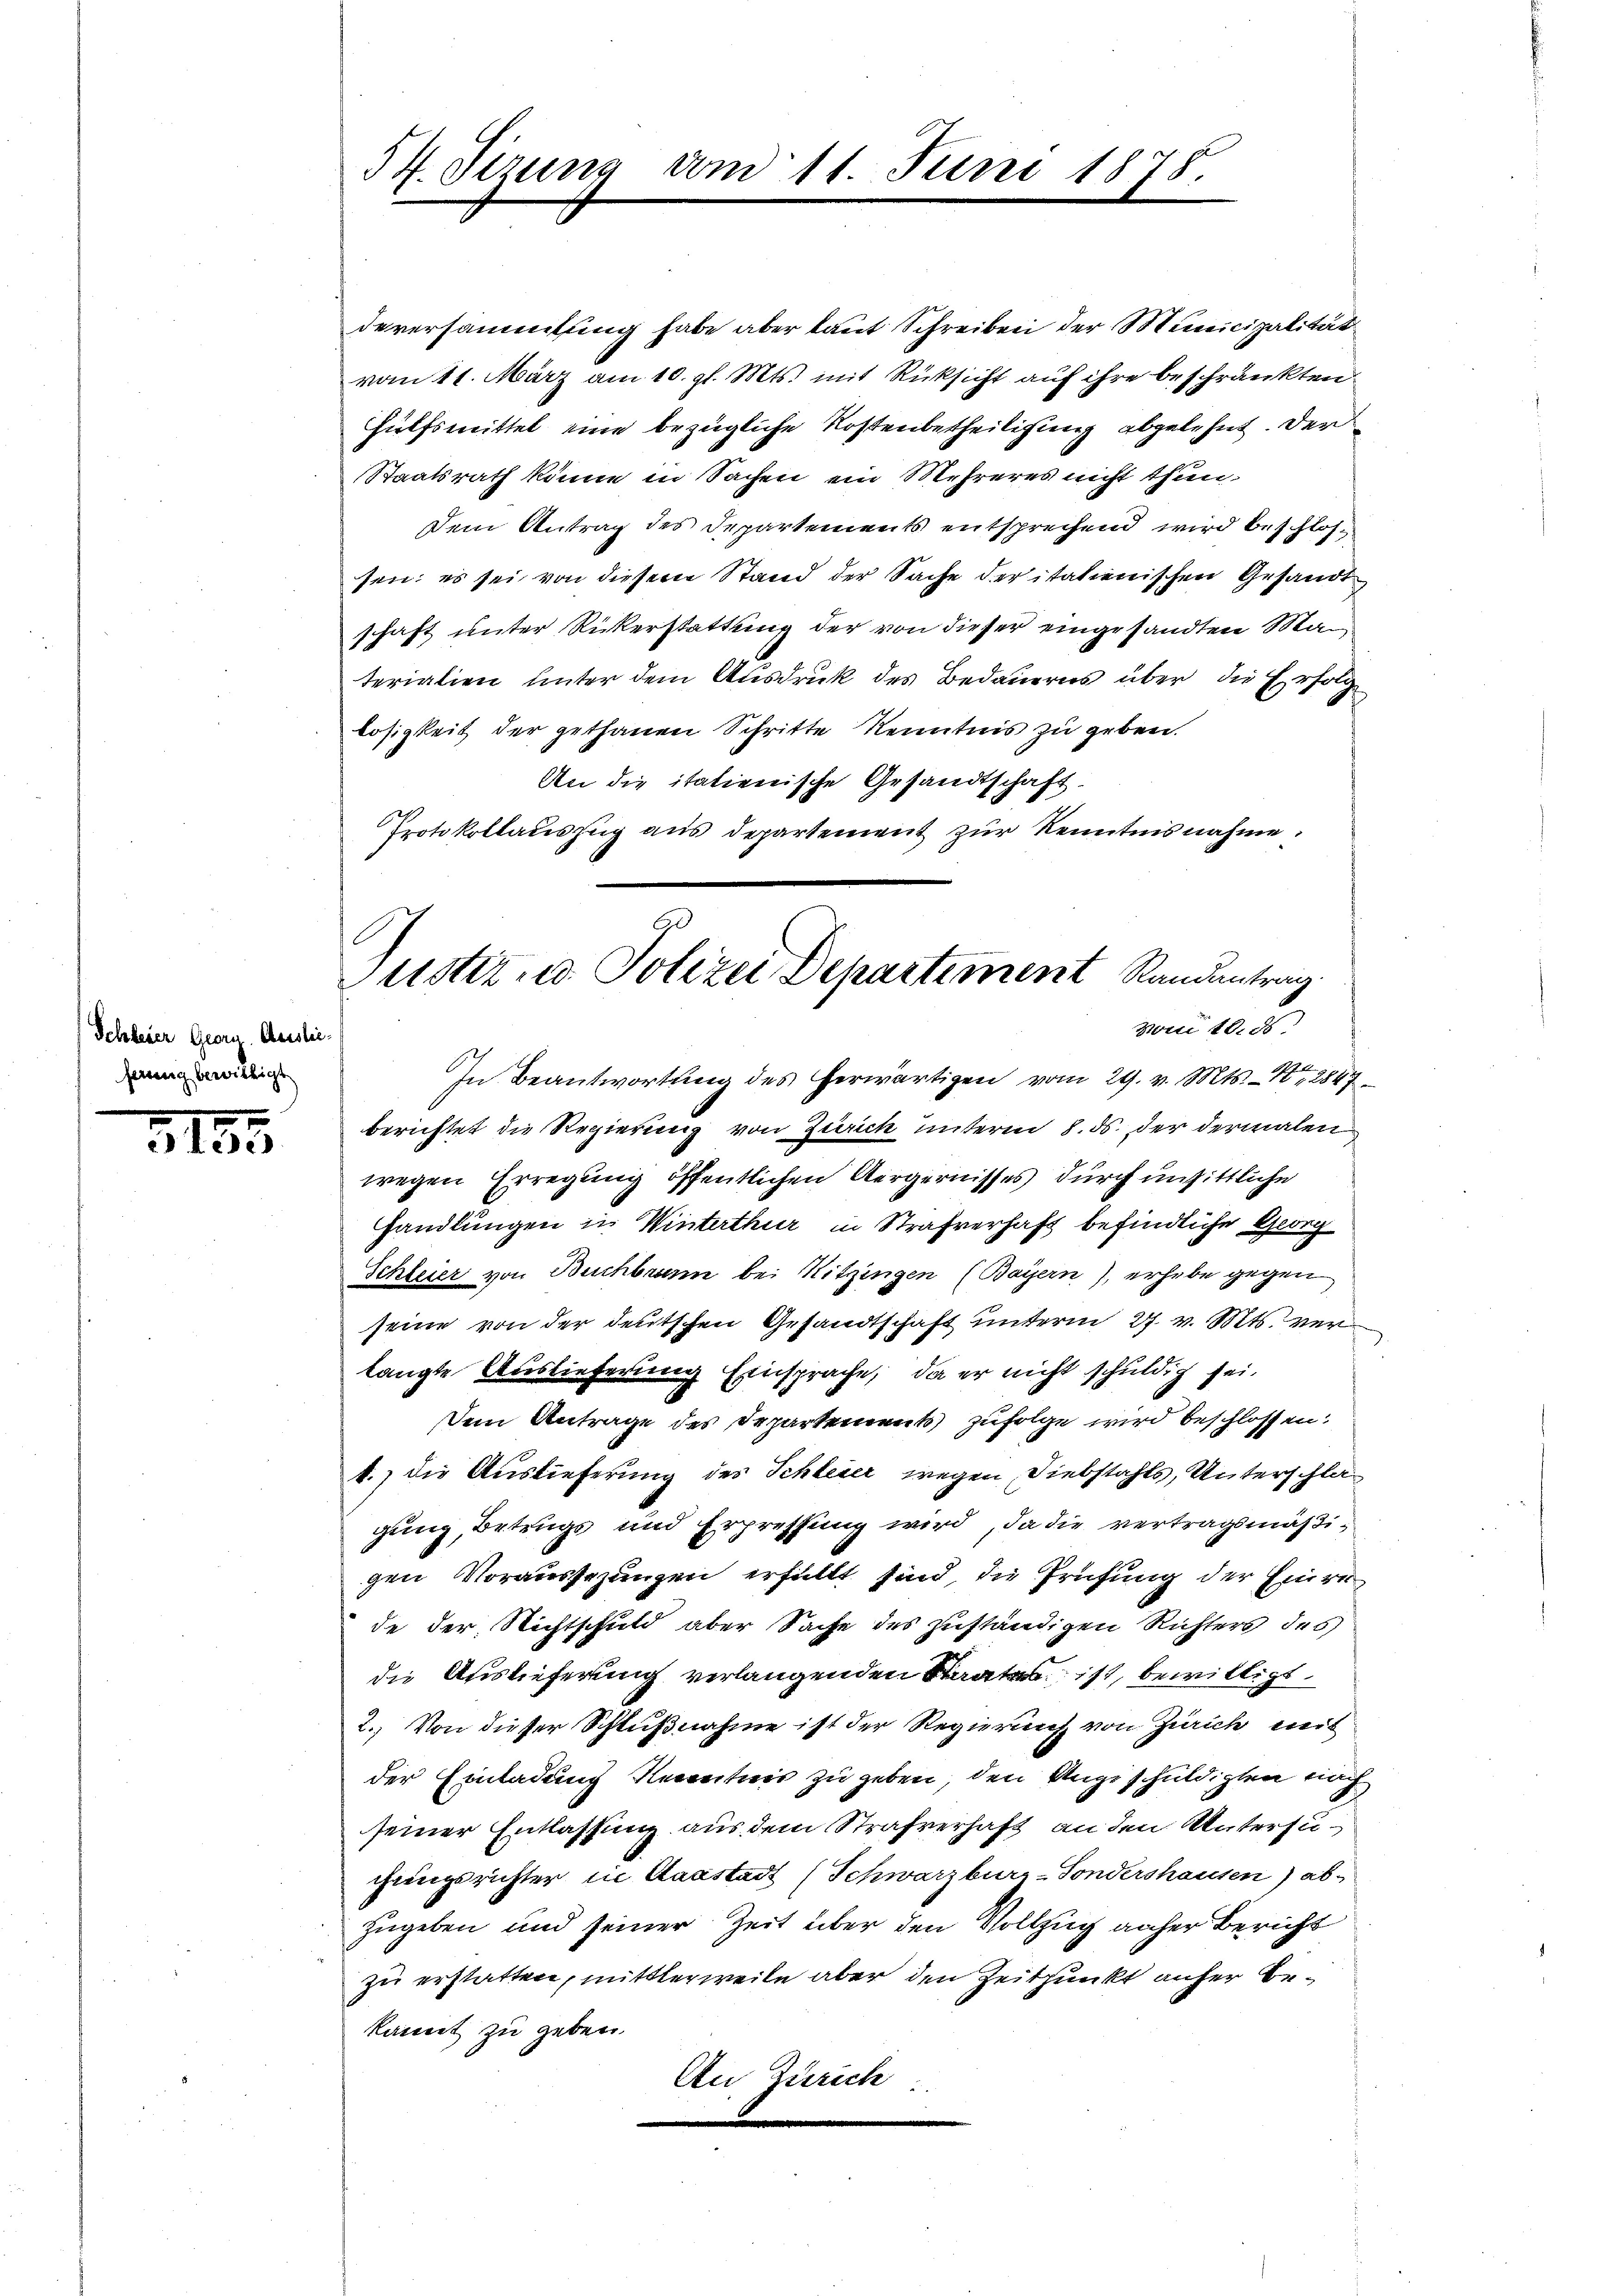
Schleier Georg. Auslie
hang bewilligt

3183

deversammlung habe aber laut Schreiben der Municipalität
vom 11. März am 10. gl. Mts. mit Rüksicht auf ihre beschränkten
Hülfsmittel eine bezügliche Kostenbetheiligung abgelehnt. Der
Staatsrath könne in Sachen ein Mehreres nicht thun.
Dem Antrag des Departements entsprechend wird beschlossen; es sei von diesem Stand der Sache der italienischen Gesandt
schaft unter Rückerstattung der von dieser eingesandten Materialien unter dem Ausdruck des Bedauerns über die Erfolg
losigkeit der gethanen Schritte Kenntnis zu geben.
An die italienische Gesandtschaft.
Protokollauszug aus departement zur Kenntnisnahme.

54. Sizung vom 11. Juni 1878.

Justiz- u. Polizei Departement Randantrag
vom 18. ds

In Beantwortung des herwärtigen vom 29. v. Mts. – N. 2847
berichtet die Regierung von Zürich unterm 8. ds. der dermalen
wegen Erregung öffentlichen Aergernisses durch unsittliche
handlungen in Winterthur in Strafverhaft befindliche Georg
Schleier von Buchbrunn bei Hitzingen (Bayern), erhebe gegen
seine von der deutschen Gesandtschaft unterm 27. v. Mts. ver
langte Auslieferung Einsprache, da er nicht schuldig sei.
Dem Antrage des Departement zufolge wird beschlossen:
1.) die Auslieferung des Schleier wegen Diebstahls, Unterschlagung, Betrugs und Erpressung wird, da die vertragsmäßigen Voraussezungen erfüllt sind, die Prüfung der Einrede der Nichtschuld aber Sache des zuständigen Richters des
die Auslieferung verlangenden Staates ist, bewilligt
2.) Von dieser Schlußnahme ist der Regierung von Zürich mit
der Einladung Kenntnis zu geben, den Angeschuldigten nach
seiner Entlassung aus dem Strafverhaft an den Untersuchungsrichter in Maastadt (Schwarzburg-Sondershausen) ab-
zugeben und seiner Zeit über den Vollzug naher Bericht
zu erstatten, mittlerweile aber den Zeitpunkt anher bekannt zu geben.
An, Zürich